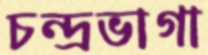
চন্দ্রভাগা